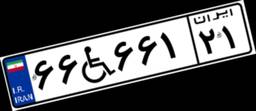
۶۶W۶۶۱۲۱